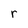
Character: r